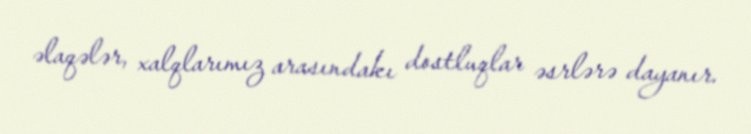
əlaqələr, xalqlarımız arasındakı dostluqlar əsrlərə dayanır.